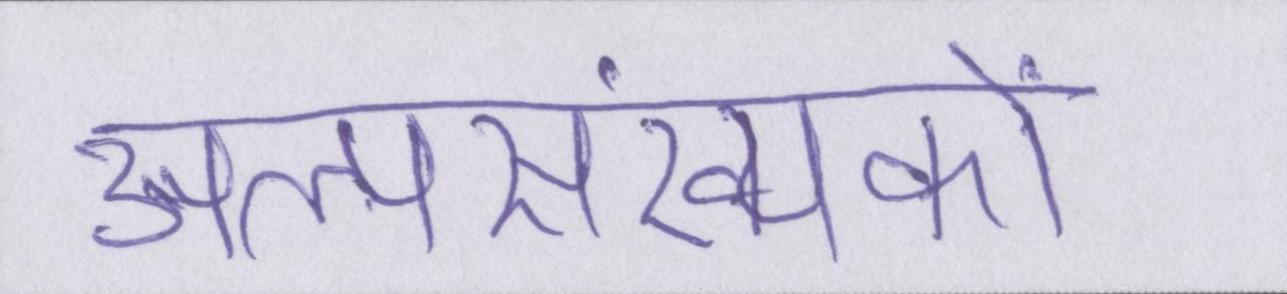
अल्पसंख्यकों